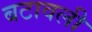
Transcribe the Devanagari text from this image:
बटावली